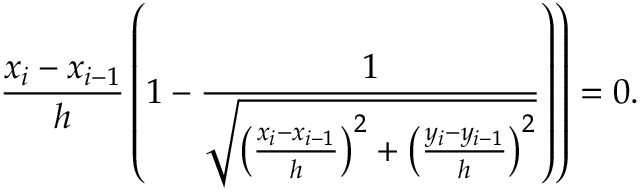
\left. \frac { x _ { i } - x _ { i - 1 } } { h } \left( 1 - \frac { 1 } { \sqrt { \left( \frac { x _ { i } - x _ { i - 1 } } { h } \right) ^ { 2 } + \left( \frac { y _ { i } - y _ { i - 1 } } { h } \right) ^ { 2 } } } \right) \right) = 0 .